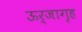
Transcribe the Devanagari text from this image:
ऊर्जागृह